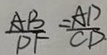
\frac { A B } { D F } = \frac { A D } { C D }